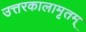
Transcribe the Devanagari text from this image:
उत्तरकालामृतम्